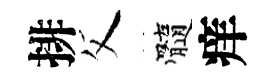
排父髓痒